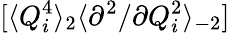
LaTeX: [\langle Q_{i}^{4}\rangle_{2}\langle{\partial^{2}}/{\partial Q_{i}^{2}}\rangle_{-2}]